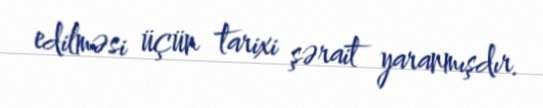
edilməsi üçün tarixi şərait yaranmışdır.